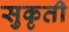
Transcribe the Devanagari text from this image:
सुकृती